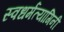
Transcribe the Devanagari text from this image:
स्वधर्मत्यागिनी